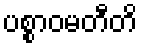
ပစ္စာဝမတီတိ